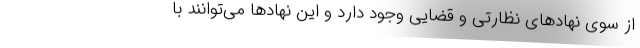
از سوی نهادهای نظارتی و قضایی وجود دارد و این نهادها می‌توانند با